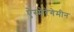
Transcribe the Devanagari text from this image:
ऐस्मेरेगेमीन